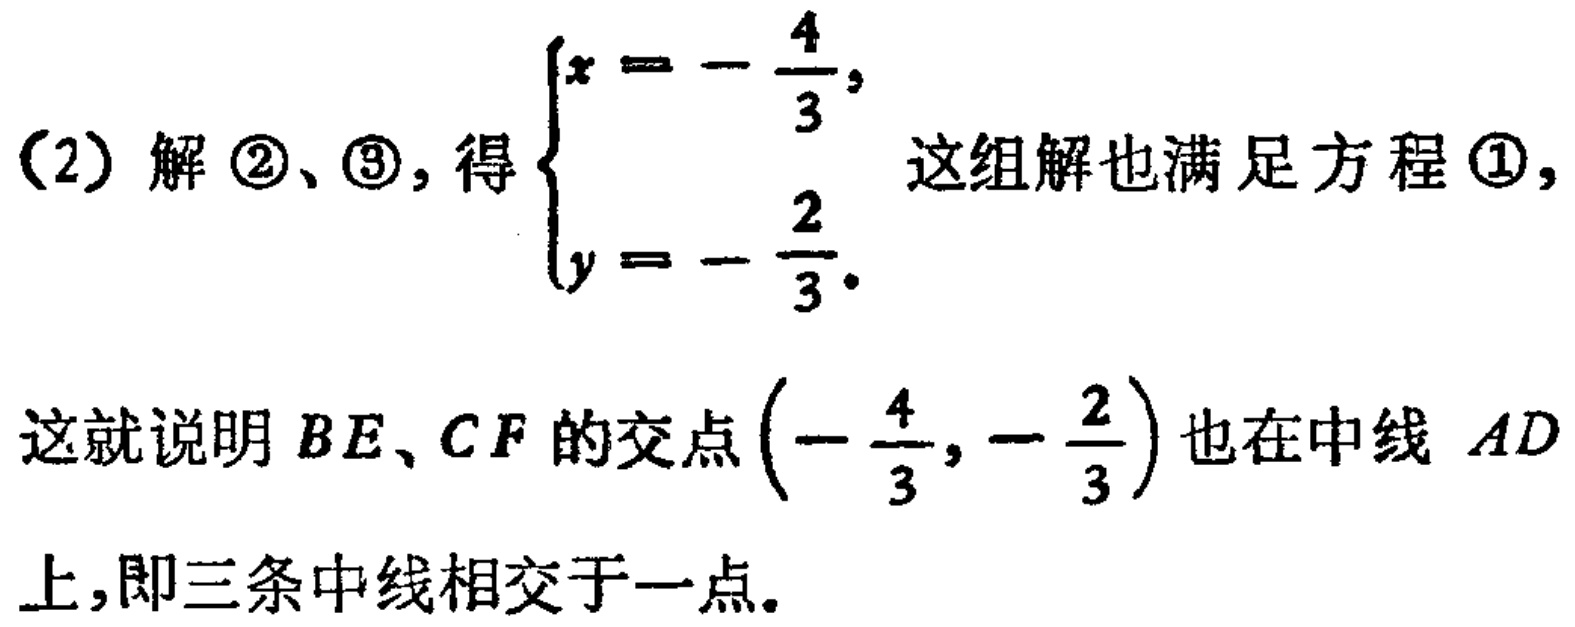
（2）解 \(\textcircled{2}\)、\(\textcircled{3}\)，得\(\begin{cases}x = -\dfrac{4}{3},\\y = -\dfrac{2}{3}.\end{cases}\) 这组解也满足方程 \(\textcircled{1}\)，

这就说明 \(BE\)、\(CF\) 的交点 \(\left(-\dfrac{4}{3},-\dfrac{2}{3}\right)\) 也在中线 \(AD\) 上，即三条中线相交于一点。